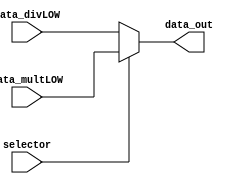
module mux_LOW(
    input wire selector,
    input wire [31:0] data_divLOW,
    input wire [31:0] data_multLOW,
    output wire [31:0] data_out
);

    assign data_out = (selector) ? data_multLOW : data_divLOW; 

endmodule